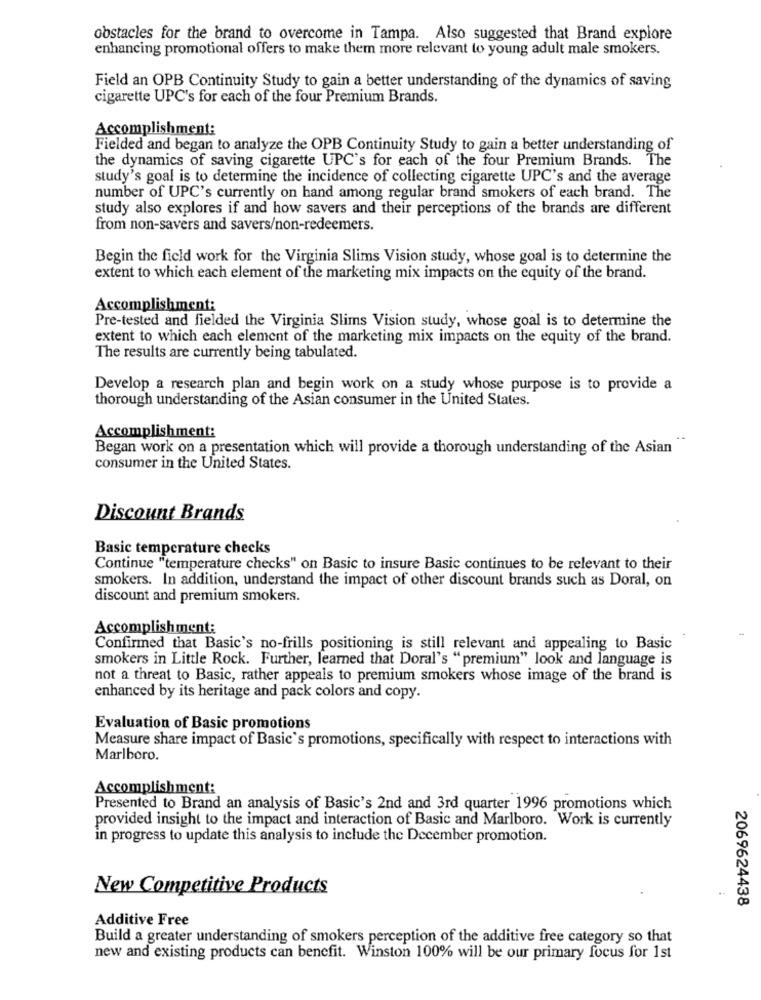
obstacles for the brand to overcome in Tampa. Also suggested that Brand explore
enhancing promotional offers to make them more relevant to young adult male smokers.
Field an OPB Continuity Study to gain a better understanding of the dynamics of saving
cigarette UPC's for each of the four Premium Brands.
Accomplishment:
Fielded and began to analyze the OPB Continuity Study to gain a better understanding of
the dynamics of saving cigarette UPC's for each of the four Premium Brands. The
study's goal is to determine the incidence of collecting cigarette UPC's and the average
number of UPC's currently on hand among regular brand smokers of each brand. The
study also explores if and how savers and their perceptions of the brands are different
from non-savers and savers/non-redeemers.
Begin the field work for the Virginia Slims Vision study, whose goal is to determine the
extent to which each element of the marketing mix impacts on the equity of the brand.
Accomplishment:
Pre-tested and fielded the Virginia Slims Vision study, whose goal is to determine the
extent to which each element of the marketing mix impacts on the equity of the brand.
The results are currently being tabulated.
Develop a research plan and begin work on a study whose purpose is to provide a
thorough understanding of the Asian consumer in the United States.
Accomplishment:
Began work on a presentation which will provide a thorough understanding of the Asian
consumer in the United States.
Discount Brands
Basic temperature checks
Continue "temperature checks" on Basic to insure Basic continues to be relevant to their
smokers. In addition, understand the impact of other discount brands such as Doral, on
discount and premium smokers.
Accomplishment:
Confirmed that Basic's no-frills positioning is still relevant and appealing to Basic
smokers in Little Rock. Further, learned that Doral's "premium" look and language is
not a threat to Basic, rather appeals to premium smokers whose image of the brand is
enhanced by its heritage and pack colors and copy.
Evaluation of Basic promotions
Measure share impact of Basic's promotions, specifically with respect to interactions with
Marlboro.
Accomplishment:
Presented to Brand an analysis of Basic's 2nd and 3rd quarter 1996 promotions which
provided insight to the impact and interaction of Basic and Marlboro. Work is currently
in progress to update this analysis to include the December promotion.
New Competitive Products
2069624438
Additive Free
Build a greater understanding of smokers perception of the additive free category so that
new and existing products can benefit. Winston 100% will be our primary focus for 1st